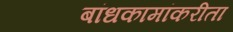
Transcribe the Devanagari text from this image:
बांधकामांकरीता